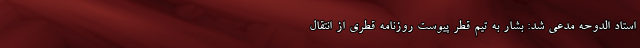
استاد الدوحه مدعی شد: بشار به تیم قطر پیوست روزنامه قطری از انتقال